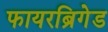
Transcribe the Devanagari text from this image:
फायरब्रिगेड